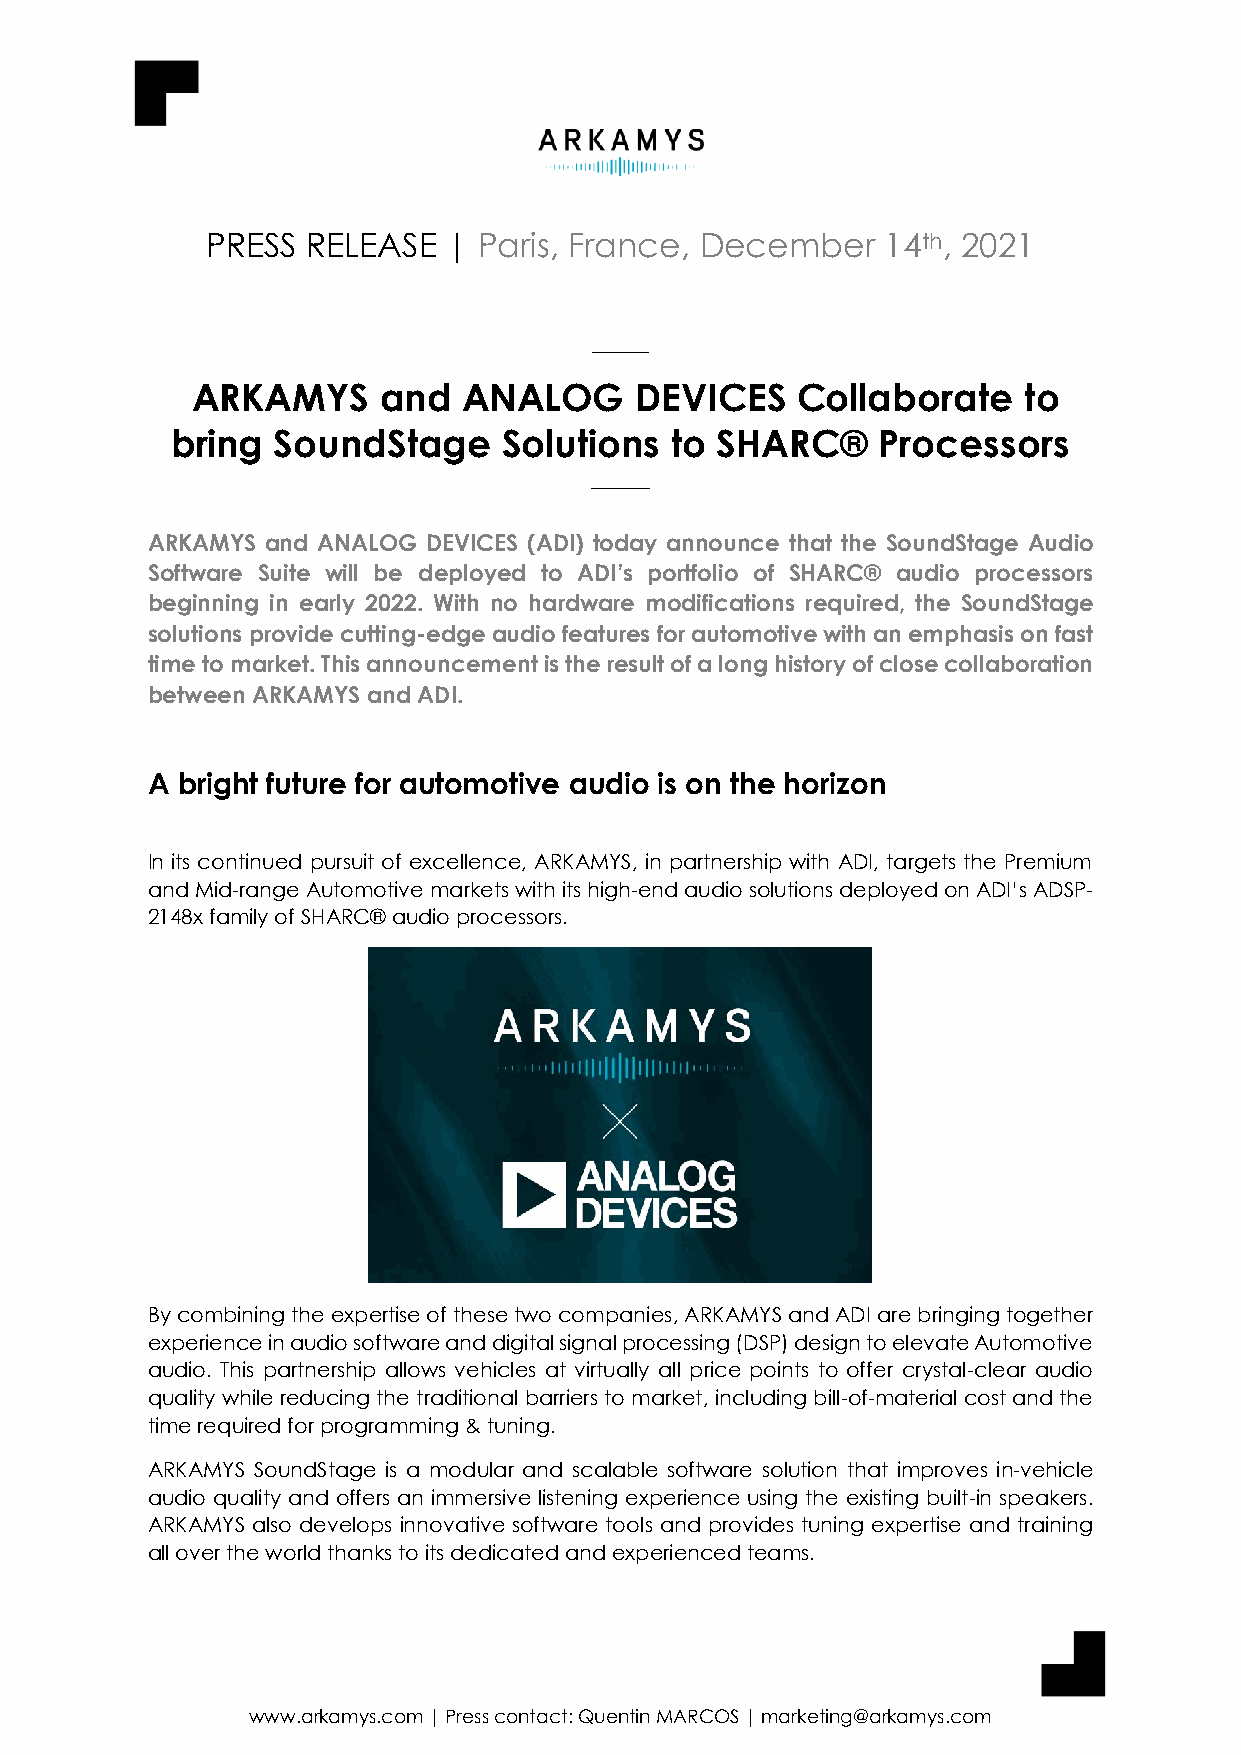
PRESS RELEASE   | Paris, France, December    14th, 2021
 ARKAMYS     and   ANALOG     DEVICES    Collaborate    to
 bring  SoundStage     Solutions  to SHARC®     Processors
 ARKAMYS and ANALOG DEVICES (ADI) today announce that the SoundStage Audio
 Software Suite will be deployed to ADI’s portfolio of SHARC® audio processors
 beginning in early 2022. With no hardware modifications required, the SoundStage
 solutions provide cutting-edge audio features for automotive with an emphasis on fast
 time to market. This announcement is the result of a long history of close collaboration
 between ARKAMYS and ADI.
 A bright future for automotive audio is on the horizon
 In its continued pursuit of excellence, ARKAMYS, in partnership with ADI, targets the Premium
 and Mid-range Automotive markets with its high-end audio solutions deployed on ADI’s ADSP-
 2148x family of SHARC® audio processors.
 By combining the expertise of these two companies, ARKAMYS and ADI are bringing together
 experience in audio software and digital signal processing (DSP) design to elevate Automotive
 audio. This partnership allows vehicles at virtually all price points to offer crystal-clear audio
 quality while reducing the traditional barriers to market, including bill-of-material cost and the
 time required for programming & tuning.
 ARKAMYS SoundStage is a modular and scalable software solution that improves in-vehicle
 audio quality and offers an immersive listening experience using the existing built-in speakers.
 ARKAMYS also develops innovative software tools and provides tuning expertise and training
 all over the world thanks to its dedicated and experienced teams.
 www.arkamys.com | Press contact: Quentin MARCOS | marketing@arkamys.com